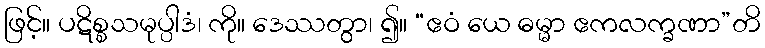
ဖြင့်။ ပဋိစ္စသမုပ္ပါဒံ၊ ကို။ ဒေဿတွာ၊ ၍။ “ဧဝံ ယေ ဓမ္မာ ဧကလက္ခဏာ”တိ